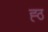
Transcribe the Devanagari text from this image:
ह्ठ